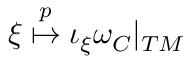
\xi \stackrel { p } { \mapsto } \iota _ { \xi } \omega _ { C } | _ { { \cal T } M }